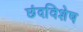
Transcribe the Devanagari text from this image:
छंदविशेष